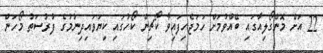
22 އަށް މޮންގޯލިއާގައި ބޭއްވުމަށް ހަމަޖެހިފައިވާ ކޯޗިން ކޯހުގައި ކިޔަވައިދިނުމުގެ ފުރުސަތު މޯހަން